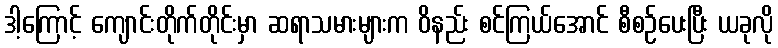
ဒါ့ကြောင့် ကျောင်းတိုက်တိုင်းမှာ ဆရာသမားများက ဝိနည်း စင်ကြယ်အောင် စီစဉ်ပေးပြီး ယခုလို